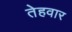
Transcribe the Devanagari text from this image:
तेहवार